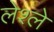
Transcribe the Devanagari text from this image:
लेश्ले